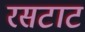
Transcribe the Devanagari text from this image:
रसटाट